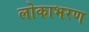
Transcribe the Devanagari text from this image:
लोकाभरण